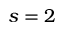
s = 2